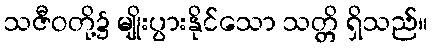
သဇီဝတို့၌ မျိုးပွားနိုင်သော သတ္တိ ရှိသည်။